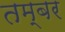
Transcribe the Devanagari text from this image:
तम्बर